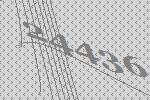
24436